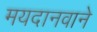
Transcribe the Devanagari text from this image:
मयदानवाने